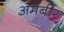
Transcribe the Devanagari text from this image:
अमबीर